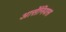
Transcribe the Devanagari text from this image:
आर्सेनियस